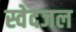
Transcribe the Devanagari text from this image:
स्वेदजल